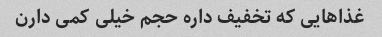
غذاهایی که تخفیف داره حجم خیلی کمی دارن